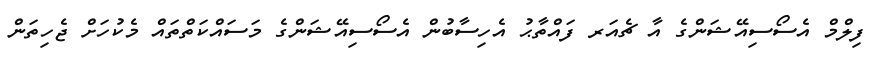
ފިލްމް އެސޯސިއޭޝަންގެ އާ ޗެއަރ ފައްތާޙު އެހިސާބުން އެސޯސިއޭޝަންގެ މަސައްކަތްތައް މެކުހަށް ޖެހިތަން